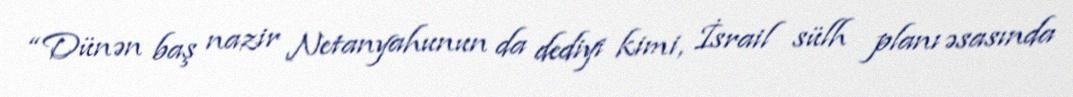
“Dünən baş nazir Netanyahunun da dediyi kimi, İsrail sülh planı əsasında